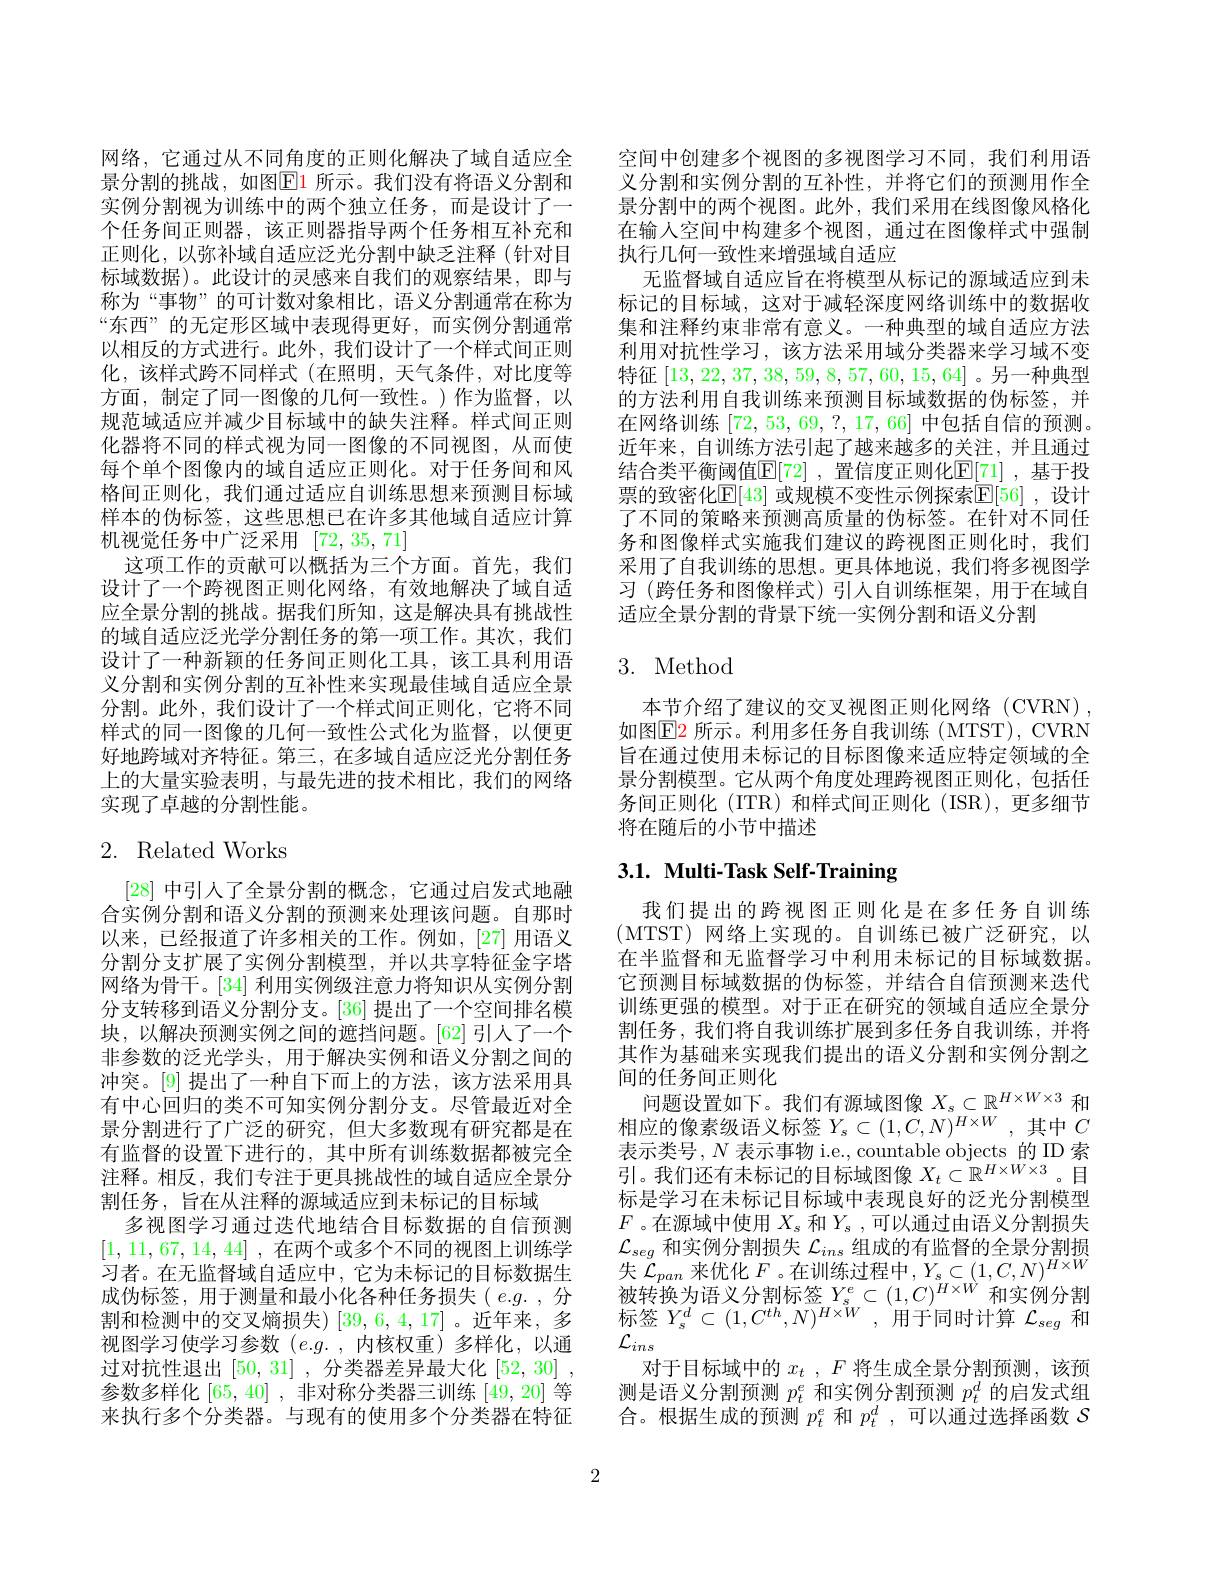
网络，它通过从不同角度的正则化解决了域自适应全景分割的挑战，如图$\color{red}{\mathrm{E}}\color{blue}{\mathrm{1}}$ 所示。我们没有将语义分割和实例分割视为训练中的两个独立任务，而是设计了一个任务间正则器，该正则器指导两个任务相互补充和正则化，以弥补域自适应泛光分割中缺乏注释(针对目标域数据)。此设计的灵感来自我们的观察结果，即与称为“事物”的可计数对象相比，语义分割通常在称为“东西”的无定形区域中表现得更好，而实例分割通常以相反的方式进行。此外，我们设计了一个样式间正则化，该样式跨不同样式(在照明，天气条件，对比度等方面，制定了同一图像的几何一致性。)作为监督，以规范域适应并减少目标域中的缺失注释。样式间正则化器将不同的样式视为同一图像的不同视图，从而使每个单个图像内的域自适应正则化。对于任务间和风格间正则化，我们通过适应自训练思想来预测目标域样本的伪标签，这些思想已在许多其他域自适应计算机视觉任务中广泛采用[72,35,71]
这项工作的贡献可以概括为三个方面。首先，我们设计了一个跨视图正则化网络，有效地解决了域自适应全景分割的挑战。据我们所知，这是解决具有挑战性的域自适应泛光学分割任务的第一项工作。其次，我们设计了一种新颖的任务间正则化工具，该工具利用语义分割和实例分割的互补性来实现最佳域自适应全景分割。此外，我们设计了一个样式间正则化，它将不同样式的同一图像的几何一致性公式化为监督，以便更好地跨域对齐特征。第三，在多域自适应泛光分割任务上的大量实验表明，与最先进的技术相比，我们的网络实现了卓越的分割性能。

# 2. Related Works

[28]中引人了全景分割的概念，它通过启发式地融合实例分割和语义分割的预测来处理该问题。自那时以来，已经报道了许多相关的工作。例如，[27]用语义分割分支扩展了实例分割模型，并以共享特征金字塔网络为骨干。[34]利用实例级注意力将知识从实例分割分支转移到语义分割分支。[36] 提出了一个空间排名模块，以解决预测实例之间的遮挡问题。[62] 引人了一个非参数的泛光学头，用于解决实例和语义分割之间的冲突。[9] 提出了一种自下而上的方法，该方法采用具有中心回归的类不可知实例分割分支。尽管最近对全景分割进行了广泛的研究，但大多数现有研究都是在有监督的设置下进行的，其中所有训练数据都被完全注释。相反，我们专注于更具挑战性的域自适应全景分割任务，旨在从注释的源域适应到未标记的目标域
多视图学习通过迭代地结合目标数据的自信预测[1,11,67,14,44] ,在两个或多个不同的视图上训练学习者。在无监督域自适应中，它为未标记的目标数据生成伪标签，用于测量和最小化各种任务损失(e.g.,分割和检测中的交叉熵损失)[39,6,4,17]。近年来，多视图学习使学习参数$(e.g.$,内核权重)多样化，以通过对抗性退出[50,31] ,分类器差异最大化[52,30] , 参数多样化 [65, 40] , 非对称分类器三训练 [49, 20] 等来执行多个分类器。与现有的使用多个分类器在特征

空间中创建多个视图的多视图学习不同，我们利用语义分割和实例分割的互补性，并将它们的预测用作全景分割中的两个视图。此外，我们采用在线图像风格化在输人空间中构建多个视图，通过在图像样式中强制执行几何一致性来增强域自适应
无监督域自适应旨在将模型从标记的源域适应到未标记的目标域，这对于减轻深度网络训练中的数据收集和注释约束非常有意义。一种典型的域自适应方法利用对抗性学习，该方法采用域分类器来学习域不变特征[13,22,37,38,59,8,57,60,15,64]。另一种典型的方法利用自我训练来预测目标域数据的伪标签，并在网络训练[72,53,69,?,17,66]中包括自信的预测。近年来，自训练方法引起了越来越多的关注，并且通过结合类平衡阈值$\mathbb{E}[72]$ ,置信度正则化$\underline{\mathrm{E}}[\underline{71}]$ ,基于投票的致密化$\mathbb{E}[43]$ 或规模不变性示例探索$\mathbb{E}[56]$ ,设计了不同的策略来预测高质量的伪标签。在针对不同任务和图像样式实施我们建议的跨视图正则化时，我们采用了自我训练的思想。更具体地说，我们将多视图学习 (跨任务和图像样式)引人自训练框架，用于在域自适应全景分割的背景下统一实例分割和语义分割

## 3. Method

本节介绍了建议的交叉视图正则化网络(CVRN) 如图$\operatorname{E2}$ 所示。利用多任务自我训练(MTST), CVRN 旨在通过使用未标记的目标图像来适应特定领域的全景分割模型。它从两个角度处理跨视图正则化，包括任务间正则化 (ITR) 和样式间正则化 (ISR),更多细节将在随后的小节中描述

# 3.1. Multi-Task Self-Training

我们提出的跨视图正则化是在多任务自训练(MTST)网络上实现的。自训练已被广泛研究，以在半监督和无监督学习中利用未标记的目标域数据。它预测目标域数据的伪标签，并结合自信预测来迭代训练更强的模型。对于正在研究的领域自适应全景分割任务，我们将自我训练扩展到多任务自我训练，并将其作为基础来实现我们提出的语义分割和实例分割之间的任务间正则化
问题设置如下。我们有源域图像$X_s\subset\mathbb{R}^{H\times W\times3}$和相应的像素级语义标签$Y_s\subset(1,C,N)^{H\times W}$ ,其中$C$ 表 示 类 号 , $N$ 表 示 事 物 i. e. , countable objects 的 ID 索 引 。我 们 还 有 未 标 记 的 目 标 域 图 像 $X_t\subset \mathbb{R} ^{H\times W\times 3}$。目标是学习在未标记目标域中表现良好的泛光分割模型$F$。在源域中使用$X_s$和$Y_s$,可以通过由语义分割损失$\mathcal{L}_{seg}$和实例分割损失$\mathcal{L}_ins$组成的有监督的全景分割损$\begin{array}{l}\text{失 }\mathcal{L}_{pan}\text{ 来优化 }F\text{。在训练过程中},Y_{s}\subset(1,C,N)^{H\times W}\\\text{被转换为语义分割标签 }Y_{s}^{e}\subset(1,C)^{H\times W}\text{ 和实例分割}\\\text{标签 }Y_{s}^{d}\subset(1,C^{th},N)^{H\times W},\text{ 用于同时计算 }\mathcal{L}_{seg}\text{ 和}\end{array}$ $\mathcal{L}_{ins}$
对于目标域中的$x_t$ $, F$将生成全景分割预测，该预测是语义分割预测$p_t^e$和实例分割预测$p_t^d$的启发式组合。根据生成的预测$p_t^e$和$p_t^d$,可以通过选择函数$S$

2